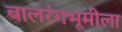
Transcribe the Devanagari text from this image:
बालरंगभूमीला